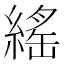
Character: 䌊